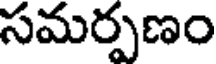
సమర్పణం